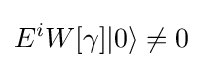
E^{i}W[\gamma ]|0\rangle \neq 0